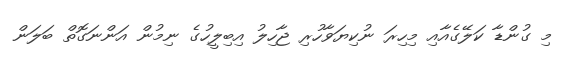
މި ގުންޑާ ކަލޭގެއާއި މިހިރަ ނުކިޔަވާހުރި ޖާހިލު އިބިލީހުގެ ނިމުން އަންނަގޮތް ބަލަން